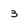
Character: 3